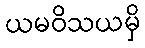
ယမဝိသယမှိ